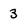
Character: 3